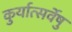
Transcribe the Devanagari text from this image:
कुर्यात्सर्वेषु